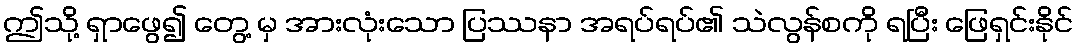
ဤသို့ ရှာဖွေ၍ တွေ့ မှ အားလုံးသော ပြဿနာ အရပ်ရပ်၏ သဲလွန်စကို ရပြီး ဖြေရှင်းနိုင်